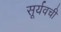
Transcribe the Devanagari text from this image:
सूर्यवची